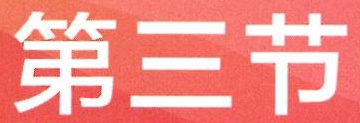
第三节